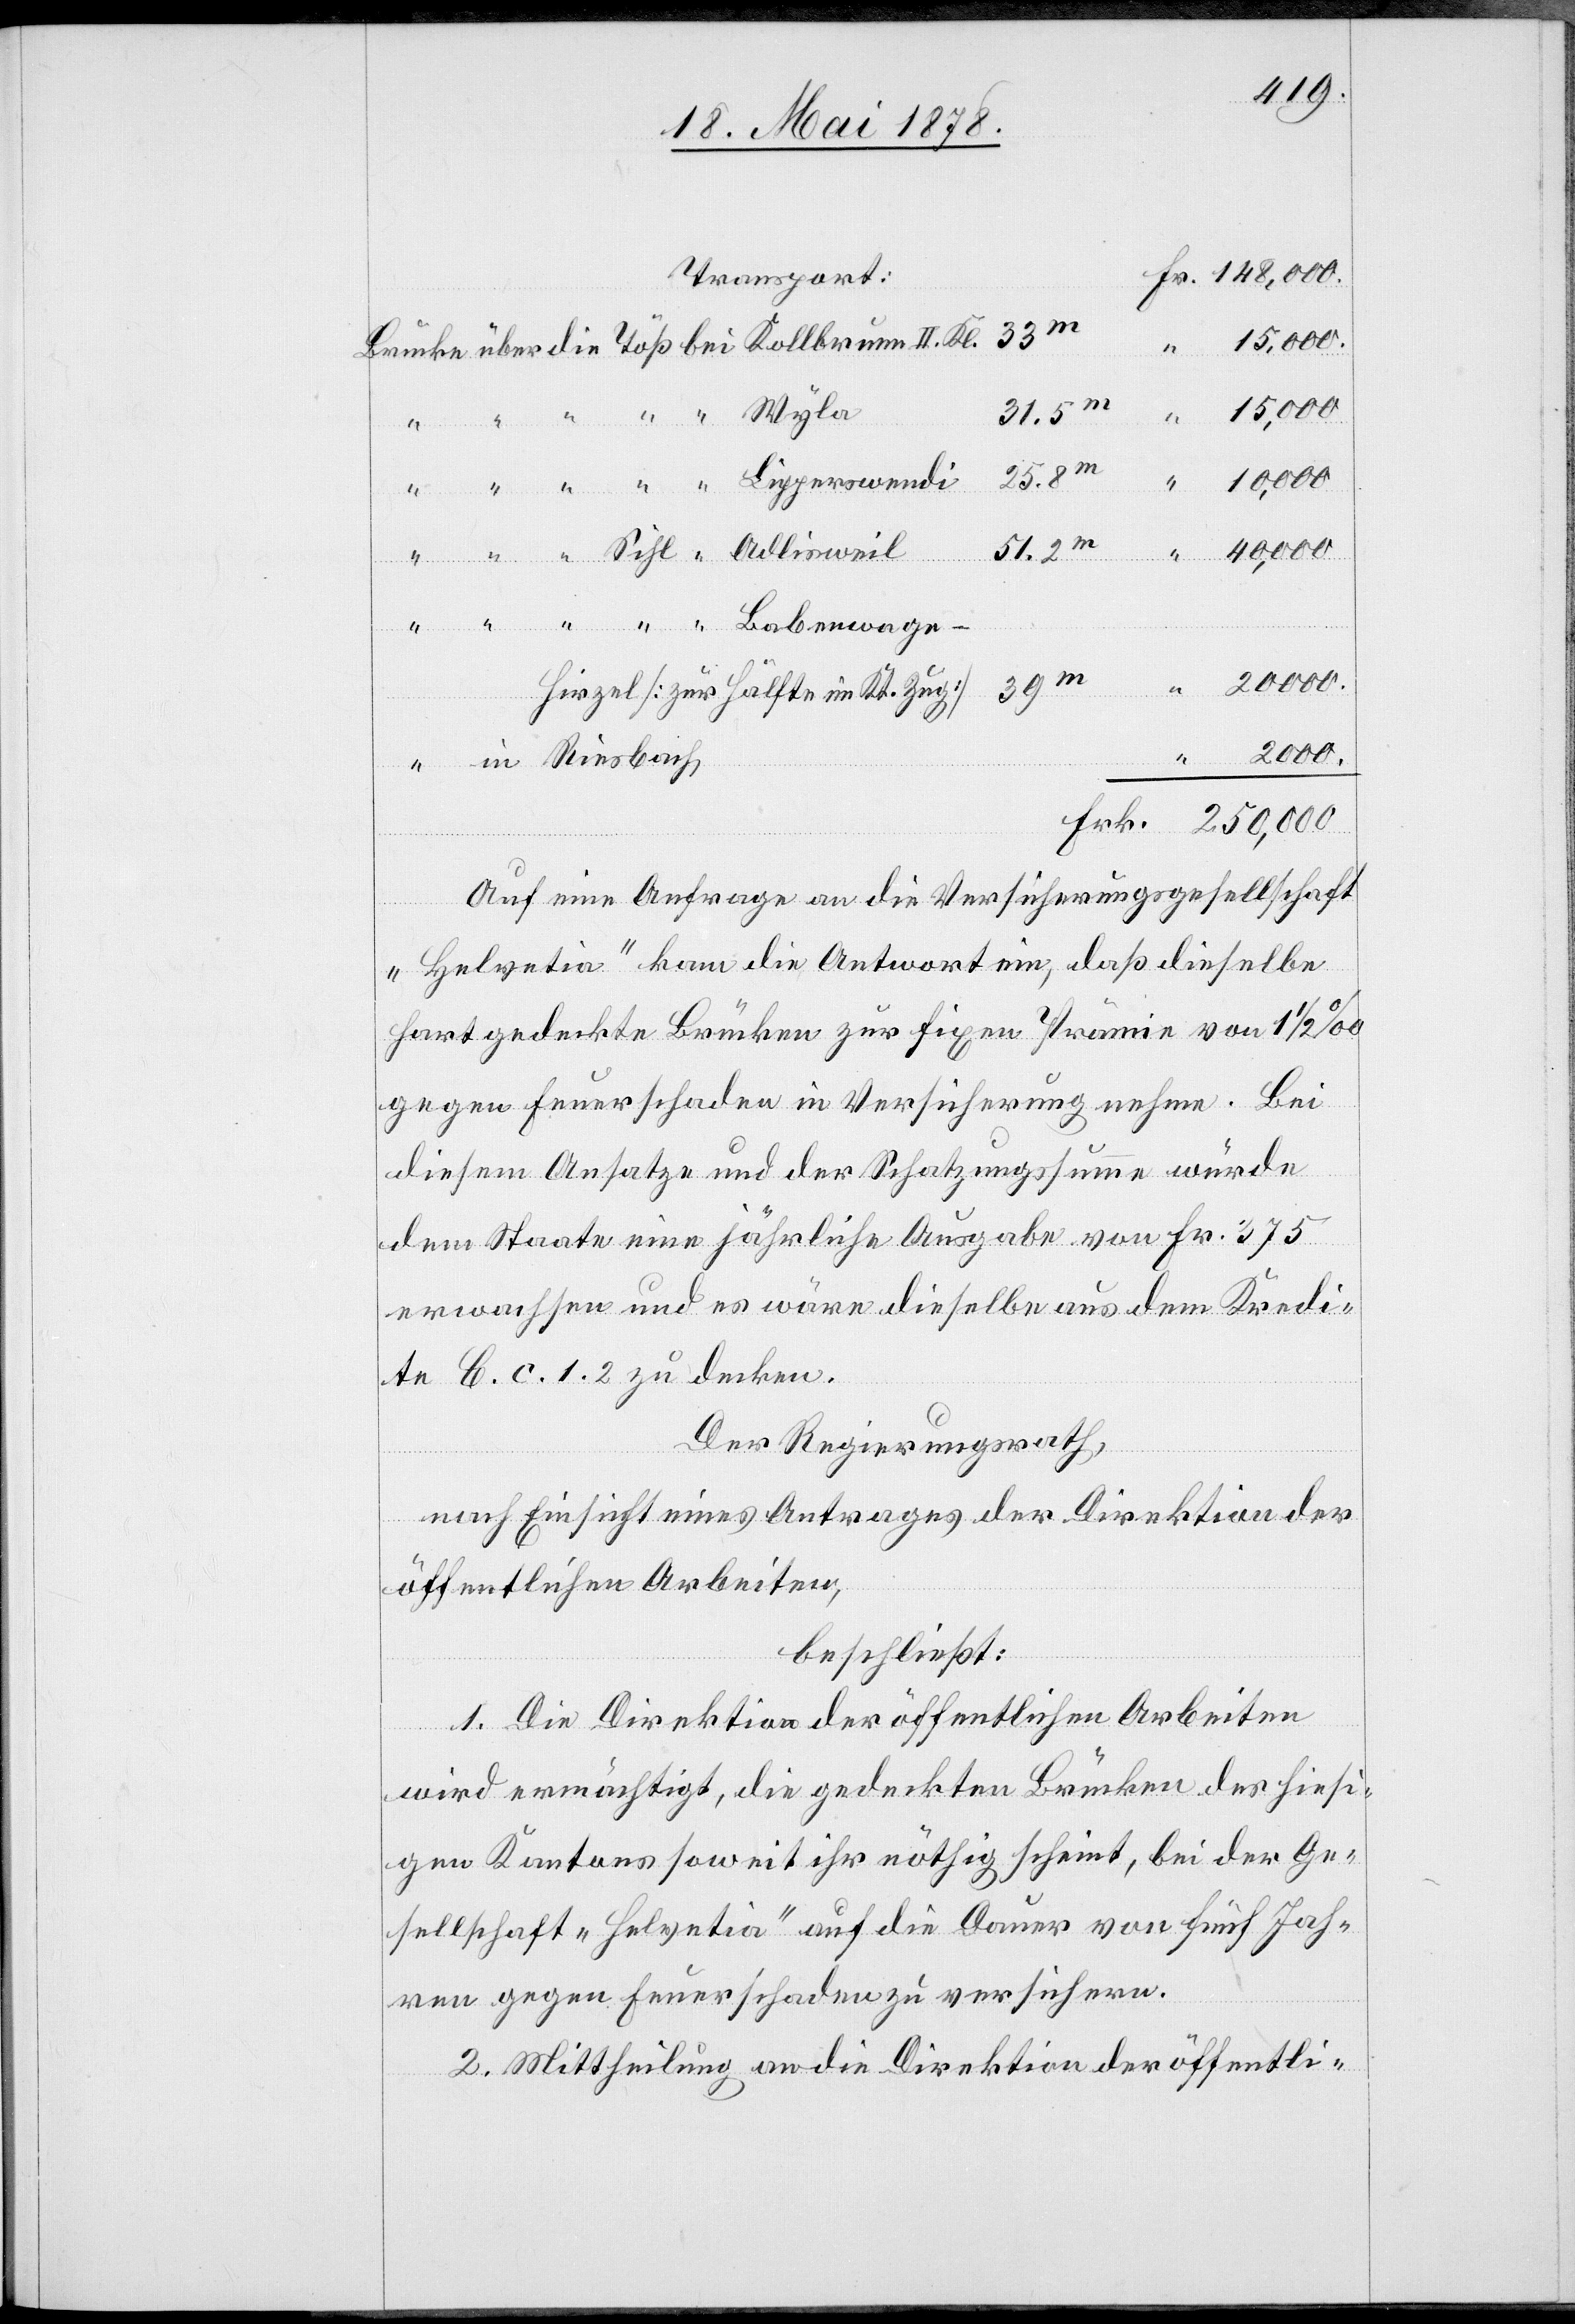
Transport:
31.5m
15,000.
10,000.
“ Sihl “ Adlisweil
Hirzel [zur Hälfte im Kt. Zug]
Auf eine Anfrage an die Versicherungsgesellschaft
„Helvetia“ kam die Antwort ein, daß dieselbe
hartgedeckte Brücke zur fixen Prämie von 1 1/2 ‰
gegen Feuerschaden in Versicherung nehme. Bei
diesem Ansatze und der Schatzungssumme würde
dem Staate eine jährliche Ausgabe von Fr. 375
erwachsen und es wäre dieselbe aus dem Kredi¬
te C. c. 1. 2 zu decken.
Der Regierungsrath,
nach Einsicht eines Antrages der Direktion der
öffentlichen Arbeiten,
beschließt:
1. Die Direktion der öffentlichen Arbeiten
wird ermächtigt, die gedeckten Brücken des hiesi¬
gen Kantons soweit ihr nöthig scheint, bei der Ge¬
sellschaft „Helvetia“ auf die Dauer von fünf Jah¬
ren gegen Feuerschaden zu versichern.
2. Mittheilung an die Direktion der öffentli-